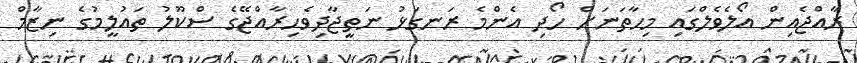
ރާއްޖެއިން އޯލެވެލްގައި މިހާތަނަށް ހޯދި އެންމެ ރަނގަޅު ނަތީޖާދިވެހިރާއްޖޭގެ ސްކޫލު ތައުލީމުގެ ނިޒާމް